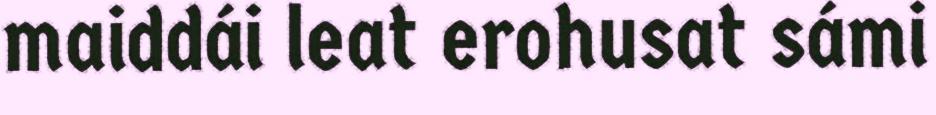
maiddái leat erohusat sámi